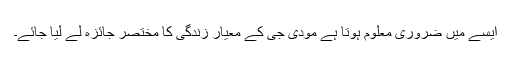
ایسے میں ضروری معلوم ہوتا ہے مودی جی کے معیار زندگی کا مختصر جائزہ لے لیا جائے۔